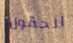
الحقول